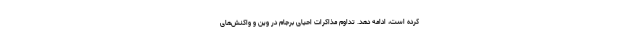
کرده است، ادامه دهد. تداوم مذاکرات احیای برجام در وین و واکنش‌های